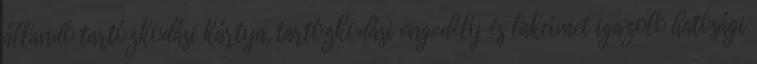
állandó tartózkodási kártya, tartózkodási engedély és lakcímet igazoló hatósági